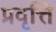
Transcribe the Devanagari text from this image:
प्रवृत्ति